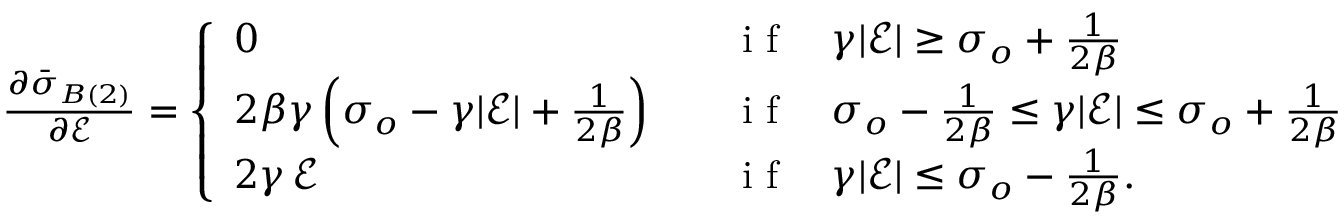
\begin{array} { r } { \frac { \partial \bar { \boldsymbol { \sigma } } _ { B ( 2 ) } } { \partial \mathcal { E } } = \left\{ \begin{array} { l l } { 0 } & { \quad \mathrm { ~ i ~ f ~ } \quad \gamma | \mathcal { E } | \ge \sigma _ { o } + \frac { 1 } { 2 \beta } } \\ { 2 \beta \gamma \left( \sigma _ { o } - \gamma | \mathcal { E } | + \frac { 1 } { 2 \beta } \right) } & { \quad \mathrm { ~ i ~ f ~ } \quad \sigma _ { o } - \frac { 1 } { 2 \beta } \le \gamma | \mathcal { E } | \le \sigma _ { o } + \frac { 1 } { 2 \beta } } \\ { 2 \gamma \, \mathcal { E } } & { \quad \mathrm { ~ i ~ f ~ } \quad \gamma | \mathcal { E } | \le \sigma _ { o } - \frac { 1 } { 2 \beta } . } \end{array} \right. } \end{array}